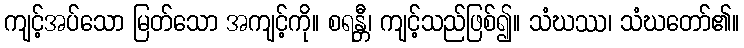
ကျင့်အပ်သော မြတ်သော အကျင့်ကို။ စရန္တီ၊ ကျင့်သည်ဖြစ်၍။ သံဃဿ၊ သံဃတော်၏။